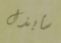
سأبذل